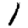
Digit: 1